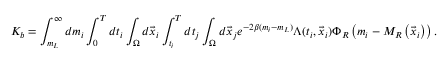
K _ { b } = \int _ { m _ { L } } ^ { \infty } d m _ { i } \int _ { 0 } ^ { T } d t _ { i } \int _ { \Omega } d \vec { x } _ { i } \int _ { t _ { i } } ^ { T } d t _ { j } \int _ { \Omega } d \vec { x } _ { j } e ^ { - 2 \beta ( m _ { i } - m _ { L } ) } \Lambda ( t _ { i } , \vec { x } _ { i } ) \Phi _ { R } \left( m _ { i } - M _ { R } \left( \vec { x } _ { i } \right) \right) .